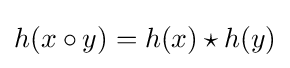
h(x\circ y)=h(x)\star h(y)